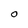
Character: o